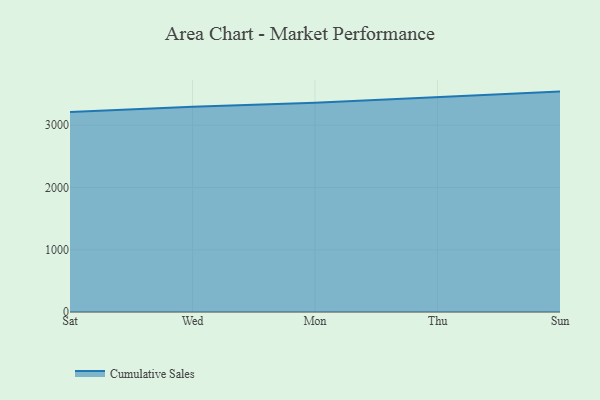
{"axis": {"x": "Day", "y": "Backlog"}, "legend": ["Cumulative Sales"], "data": [{"x": "Sat", "y": 3212.1, "type": "Cumulative Sales"}, {"x": "Wed", "y": 3297.7, "type": "Cumulative Sales"}, {"x": "Mon", "y": 3362.5, "type": "Cumulative Sales"}, {"x": "Thu", "y": 3457.6, "type": "Cumulative Sales"}, {"x": "Sun", "y": 3541.0, "type": "Cumulative Sales"}]}